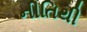
નીતિથી